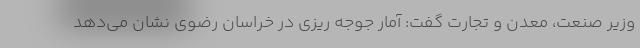
وزیر صنعت، معدن و تجارت گفت: آمار جوجه ریزی در خراسان رضوی نشان می‌دهد